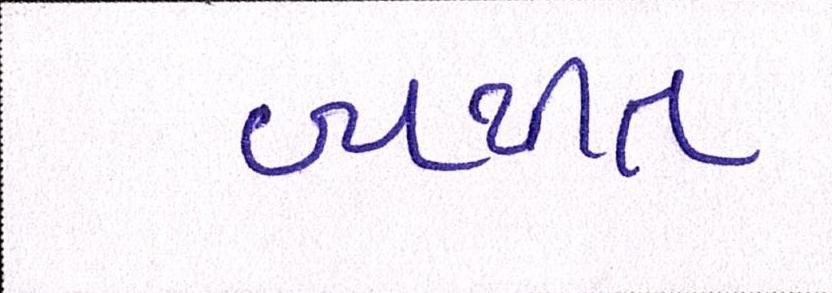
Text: વ્યથીત